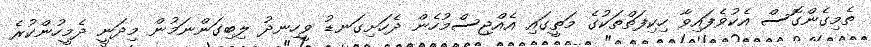
ތެމިގެންގޮސް އެކުވެފައިވާ ހިކިފަތްތަކުގެ މަތީގައި އެއްޖިސްމުހެން ދެހަށިގަނޑު ވީހިނދު ލިބިގަންނަމުން މިދަނީ ދެމީހުންކުރެ